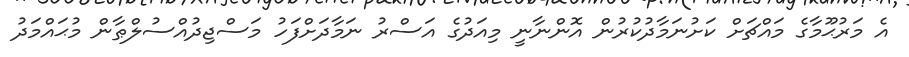
އެ މަރުޙޫމާގެ މައްޗަށް ކަށުނަމާދުކުރުން އޮންނާނީ މިއަދުގެ އަސްރު ނަމާދަށްފަހު މަސްޖިދުއްސުލްޠާން މުޙައްމަދު